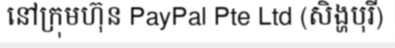
នៅក្រុមហ៊ុន PayPal Pte Ltd (សិង្ហបុរី)